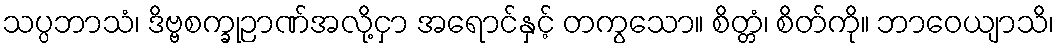
သပ္ပဘာသံ၊ ဒိဗ္ဗစက္ခုဉာဏ်အလို့ငှာ အရောင်နှင့် တကွသော။ စိတ္တံ၊ စိတ်ကို။ ဘာဝေယျာသိ၊